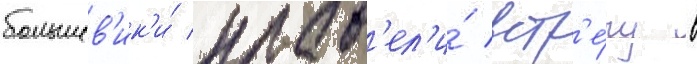
большев'ик'и́ пров'ел'и́ встр'е́чу в